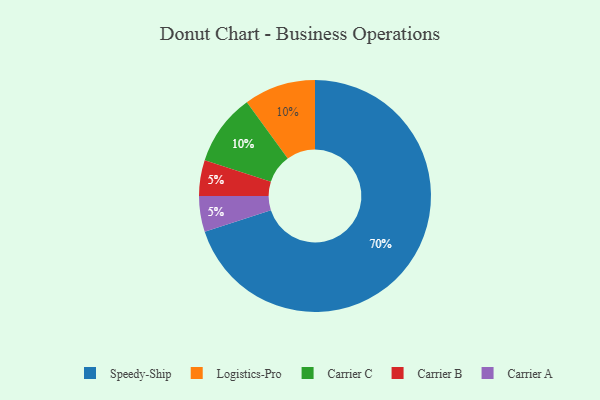
{"axis": {"x": "Category", "y": "Percentage"}, "legend": ["Carrier A", "Carrier B", "Carrier C", "Logistics-Pro", "Speedy-Ship"], "data": [{"x": "Carrier B", "y": 5, "type": "Carrier B"}, {"x": "Logistics-Pro", "y": 10, "type": "Logistics-Pro"}, {"x": "Speedy-Ship", "y": 70, "type": "Speedy-Ship"}, {"x": "Carrier C", "y": 10, "type": "Carrier C"}, {"x": "Carrier A", "y": 5, "type": "Carrier A"}]}